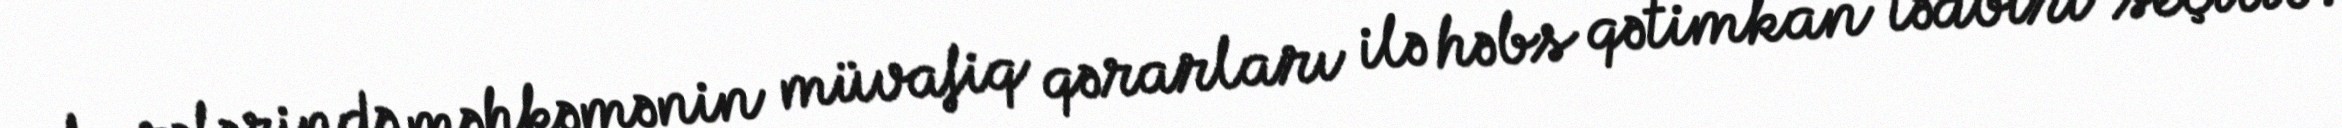
barələrində məhkəmənin müvafiq qərarları ilə həbs qətimkan tədbiri seçilib.